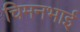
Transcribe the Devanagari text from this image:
चिमनभाई